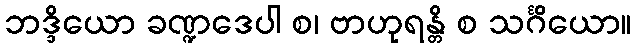
ဘဒ္ဒိယော ခဏ္ဍဒေပါ စ၊ ဗာဟုရန္တိ စ သင်္ဂိယော။